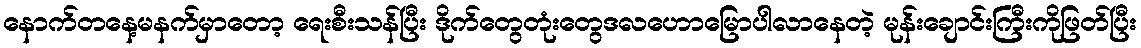
နောက်တနေ့မနက်မှာတော့ ရေးစီးသန်ပြီး ဒိုက်တွေတုံးတွေဒလဟောမြောပါလာနေတဲ့ မုန်းချောင်းကြီးကိုဖြတ်ပြီး